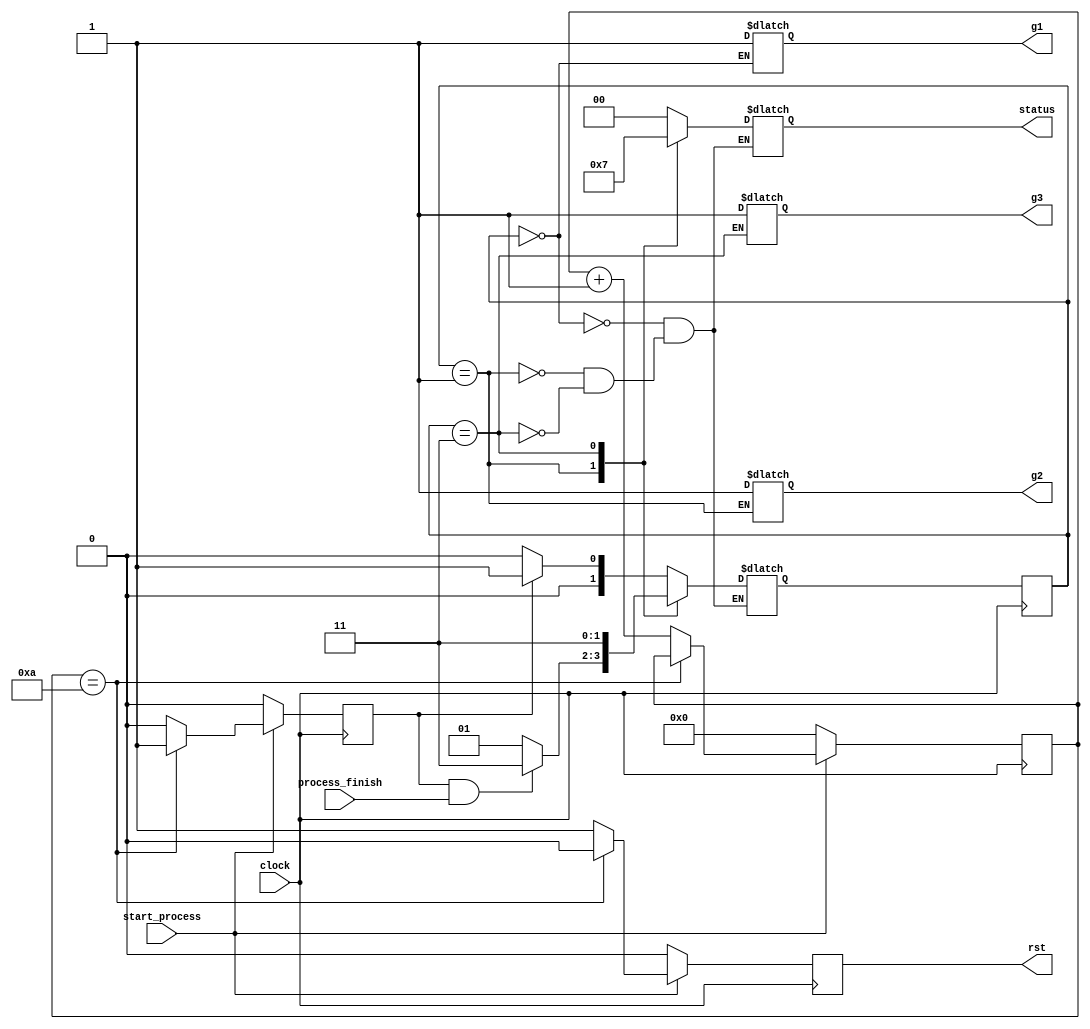
module state_controller ( input clock,
input process_finish ,
input start_process,

output reg [1:0] status,
output reg rst,
output reg g1,
output reg g2,
output reg g3);

reg [1:0] CURRENT_STATE = 2'b00;
reg [1:0] NEXT_STATE = 2'b00;

reg process_ready = 1'b0;
reg [9:0] process_switch_buffer = 10'd0;

parameter
prepare = 2'b00,
process = 2'b01,
complete = 2'b11;

initial
    begin
        g1 <= 0;
        g2 <= 0;
        g3 <= 0;
    end

always @(posedge clock)
begin
    if (start_process )
    begin
        if (process_switch_buffer == 10'd10 )
        begin
            process_ready <=1;
            rst <=0;
        end
        else
        begin
            process_switch_buffer <= process_switch_buffer + 10'd1;
            process_ready <=0;
            rst <= 1;
        end
    end 
    else 
    begin 
        process_switch_buffer <= 10'd0;
        process_ready <= 0;
        rst <= 0;
    end 
end

always @(posedge clock)
    CURRENT_STATE <= NEXT_STATE;

always @( CURRENT_STATE or process_ready or process_finish)
    case(CURRENT_STATE)
        prepare: 
            begin
                status <= prepare;

                g1 <=1;

                if ( process_ready )
                    NEXT_STATE<= process;
                else
                    NEXT_STATE<= prepare;
            end

        process: 
            begin
                status <= process;

                g2 <=1;

                if ( process_ready && process_finish )
                    NEXT_STATE<=  complete;
                else
                    NEXT_STATE <= process;
            end

        complete : 
            begin
                status <= complete;

                g3 <=1;

                NEXT_STATE <= complete;
            end

        endcase

endmodule